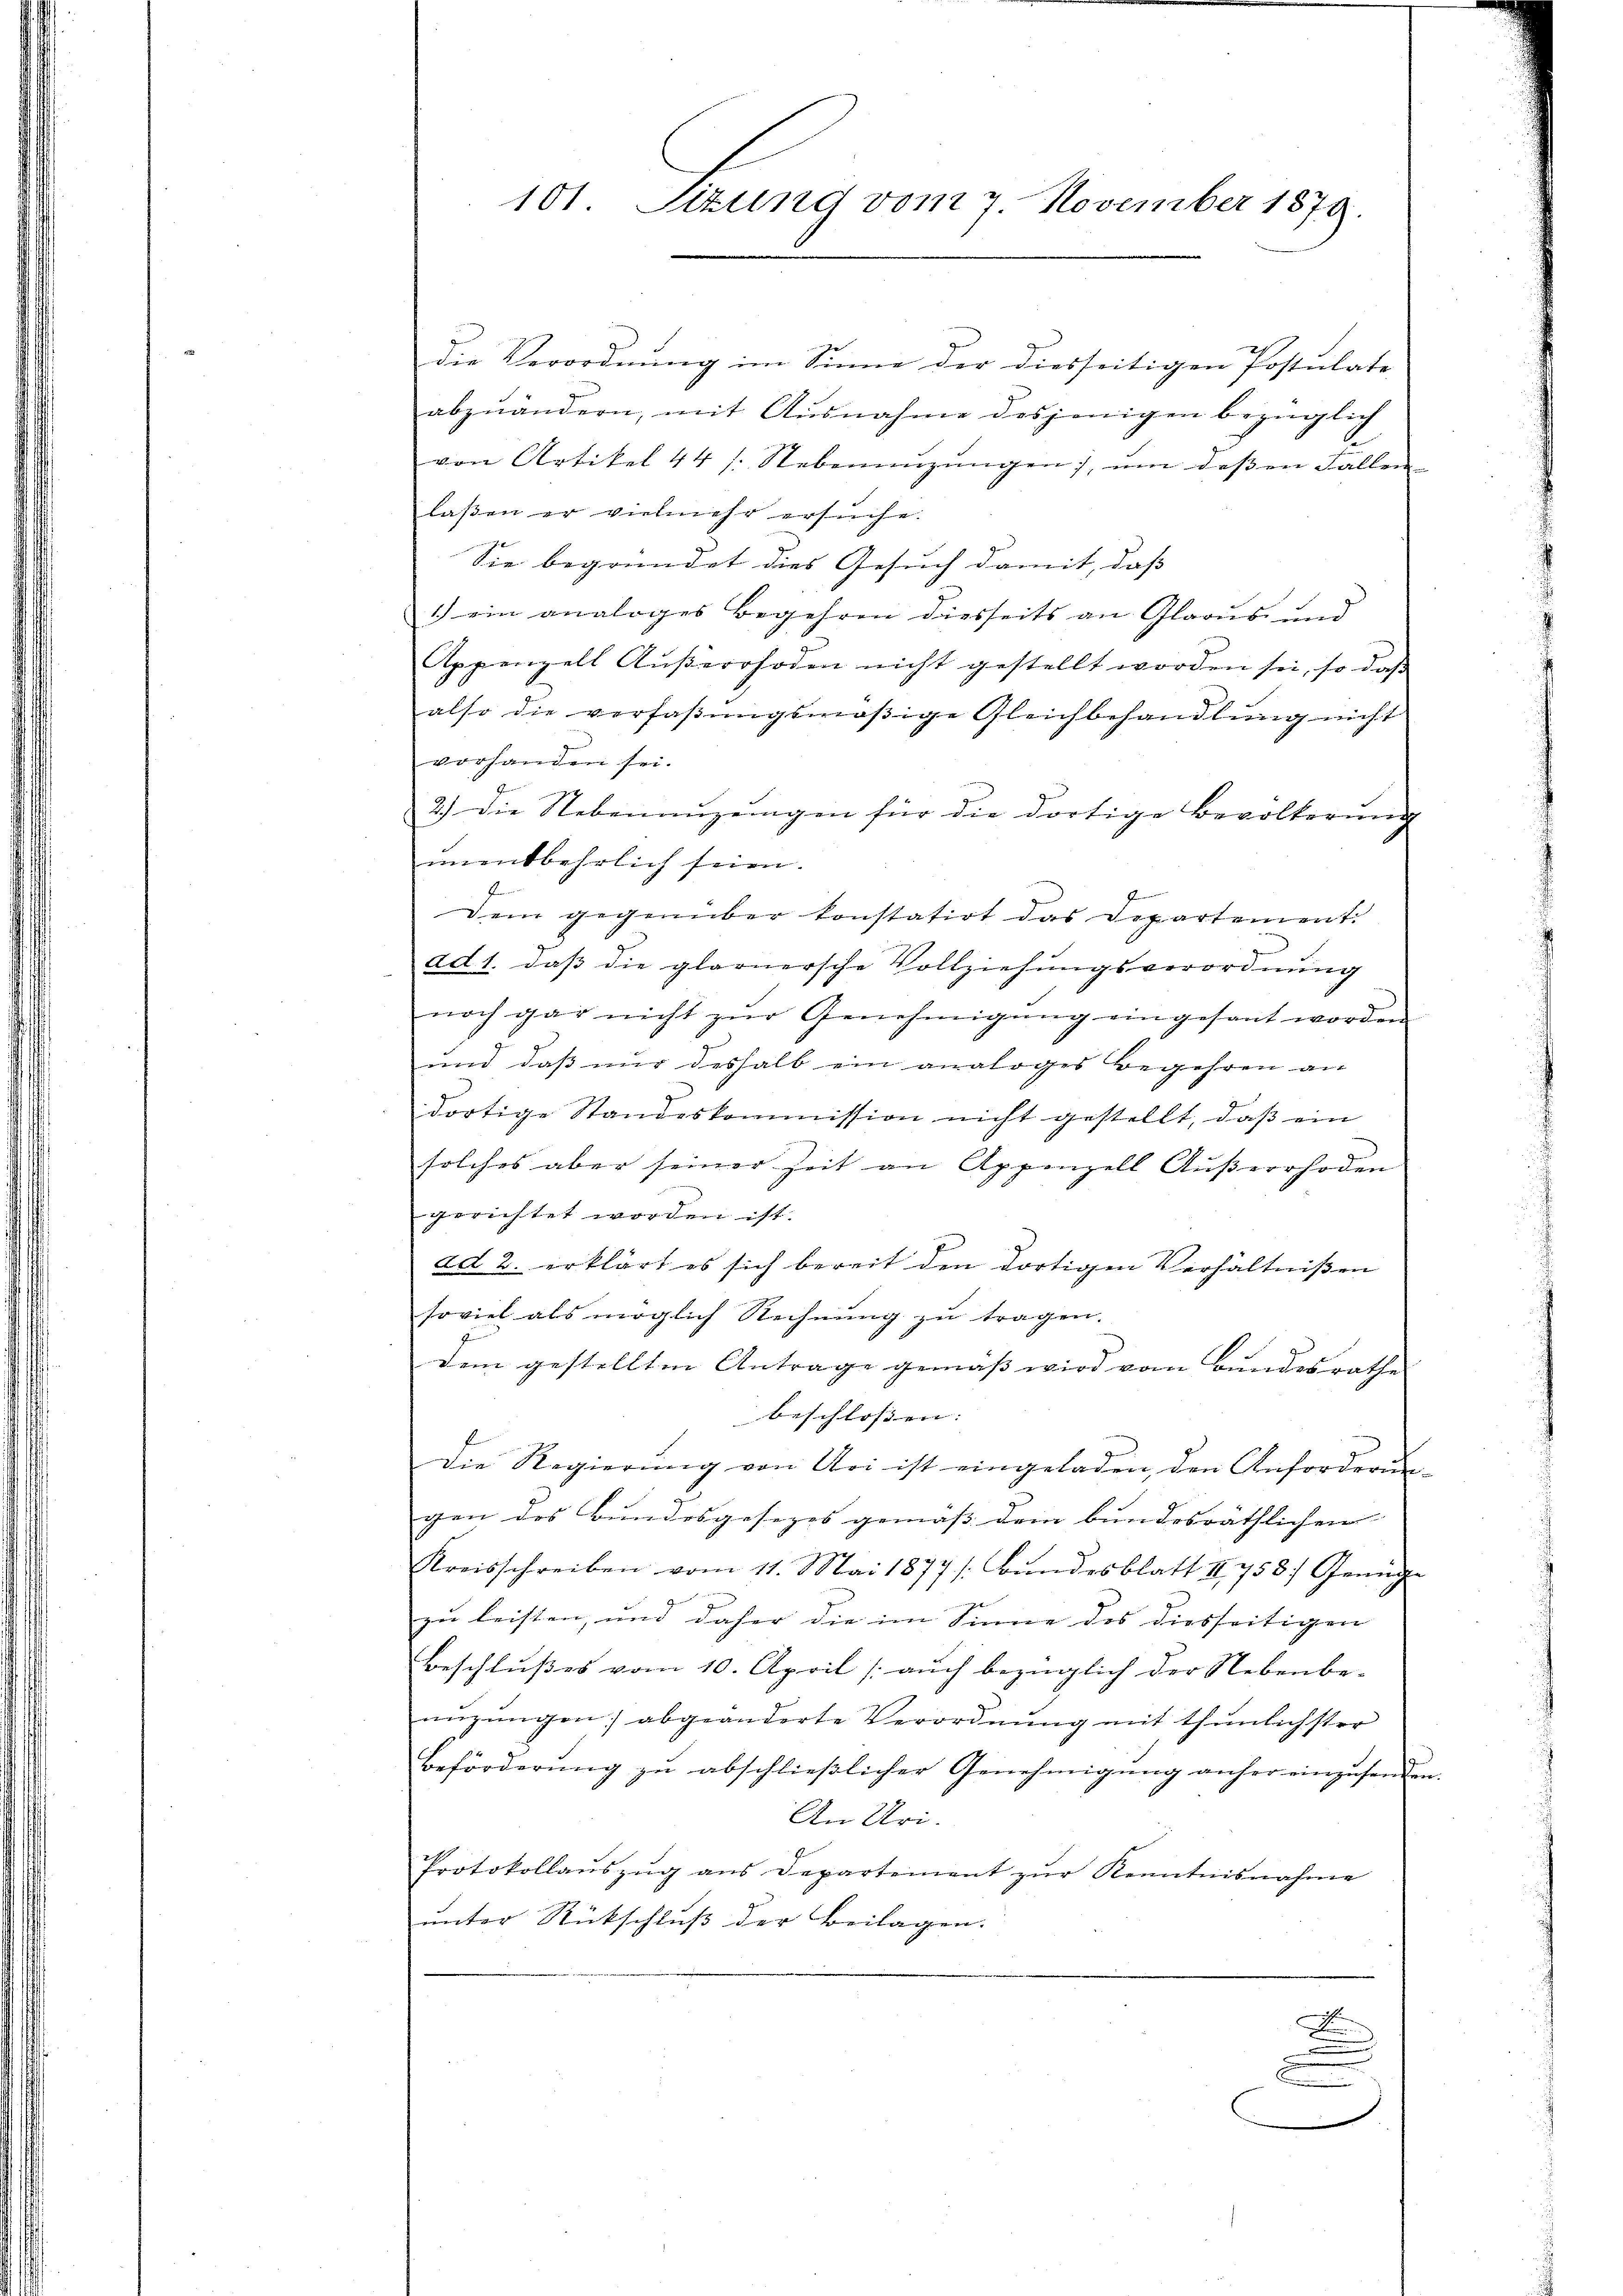
101. Sizung vom 7. November 1879.

die Verordnung im Sinne der diesseitigen Postulate
abzuändern, mit Ausnahme desjenigen bezüglich
von Artikel 44 /: Nebennŭzŭngen), ŭm deβen Fallen
laßen er vielmehr ersuche.
Sie begründet dies Gesuch damit, daß
1.) ein analoges Begehren diesseits an Glarus und
Appenzell Aŭβerrhoden nicht gestellt worden sei, so daβ
also die verfaßungsmäßige Gleichbehandlung nicht
vorhanden sei.
2.) Die Nebenaŭzŭngen für die dortige Bevölkerŭng
unentbehrlich seien.
Dem gegenüber konstatirt das Departement.
ad 1. daβ die glarnersche Vollziehungsverordnung
noch gar nicht zŭr Genehmigŭng eingesant worden
und daß nur deshalb ein analoges Begehren an
dortige Standeskommission nicht gestellt, daβ ein
e
solches aber seiner Zeit an Appenzell Aŭβerrhoden
gerichtet worden ist.
ad 2. erklärt es sich bereit den dortigen Verhältnißen
soviel als möglich Rechnŭng zŭ tragen.
dem gestellten Antrage gemäss wird vom Bundesrathe
beschlossen:
Die Regierung von Uri ist eingeladen, den Anforderun-
gen des Bundesgesezes gemäss dem bundesräthlichen
Kreisschreiben vom 11. Mai 1877 / Bŭndesblatt II 758. Genüge
zu leisten, und daher die im Sinne des diesseitigen
Beschlußes vom 10. April [auch bezüglich der Nebenbe-
nŭzŭngen abgeänderte Verordnŭng mit thŭnlichster
Beförderŭng zŭ abschlieβlicher Genehmigŭng anher einzusenden.
An Uri.
Protokollaŭszŭg ans Departement zŭr Kenntnisnahme
ŭnter Rückschlŭβ der Beilagen.
A
.
b